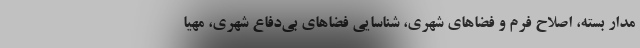
مدار بسته، اصلاح فرم و فضاهای شهری، شناسایی فضاهای بی‌دفاع شهری، مهیا